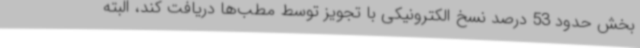
بخش حدود 53 درصد نسخ الکترونیکی با تجویز توسط مطب‌ها دریافت کند، البته